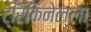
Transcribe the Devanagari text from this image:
ट्रिकिनेल्ला